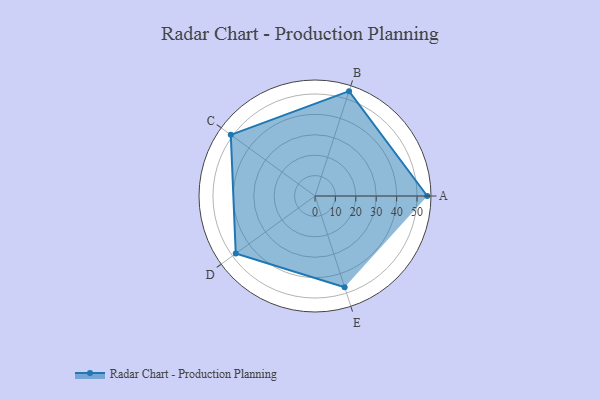
{"axis": {"x": "Skill", "y": "Score"}, "legend": ["Profile"], "data": [{"x": "A", "y": 55.0, "type": "Profile"}, {"x": "B", "y": 54.0, "type": "Profile"}, {"x": "C", "y": 51.0, "type": "Profile"}, {"x": "D", "y": 48.0, "type": "Profile"}, {"x": "E", "y": 47.0, "type": "Profile"}]}